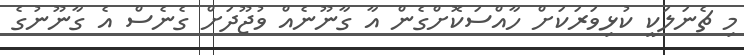
މި ޗެނަލަކީ ކުޅިވަރަކަށް ހާއްސަކޮށްގެން އާ ގާނޫނެއް ވުޖޫދަށް ގެނެސް އެ ގާނޫނުގެ